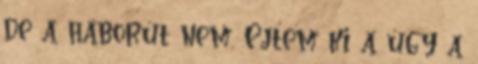
de a háborút nem. Ejtem ki a úgy a